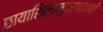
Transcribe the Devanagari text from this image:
छायाशिलामुद्रणाचाही